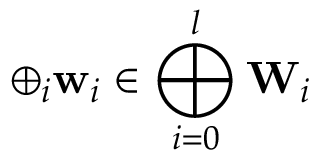
\oplus _ { i } \mathbf { w } _ { i } \in \bigoplus _ { i = 0 } ^ { l } \mathbf { W } _ { i }